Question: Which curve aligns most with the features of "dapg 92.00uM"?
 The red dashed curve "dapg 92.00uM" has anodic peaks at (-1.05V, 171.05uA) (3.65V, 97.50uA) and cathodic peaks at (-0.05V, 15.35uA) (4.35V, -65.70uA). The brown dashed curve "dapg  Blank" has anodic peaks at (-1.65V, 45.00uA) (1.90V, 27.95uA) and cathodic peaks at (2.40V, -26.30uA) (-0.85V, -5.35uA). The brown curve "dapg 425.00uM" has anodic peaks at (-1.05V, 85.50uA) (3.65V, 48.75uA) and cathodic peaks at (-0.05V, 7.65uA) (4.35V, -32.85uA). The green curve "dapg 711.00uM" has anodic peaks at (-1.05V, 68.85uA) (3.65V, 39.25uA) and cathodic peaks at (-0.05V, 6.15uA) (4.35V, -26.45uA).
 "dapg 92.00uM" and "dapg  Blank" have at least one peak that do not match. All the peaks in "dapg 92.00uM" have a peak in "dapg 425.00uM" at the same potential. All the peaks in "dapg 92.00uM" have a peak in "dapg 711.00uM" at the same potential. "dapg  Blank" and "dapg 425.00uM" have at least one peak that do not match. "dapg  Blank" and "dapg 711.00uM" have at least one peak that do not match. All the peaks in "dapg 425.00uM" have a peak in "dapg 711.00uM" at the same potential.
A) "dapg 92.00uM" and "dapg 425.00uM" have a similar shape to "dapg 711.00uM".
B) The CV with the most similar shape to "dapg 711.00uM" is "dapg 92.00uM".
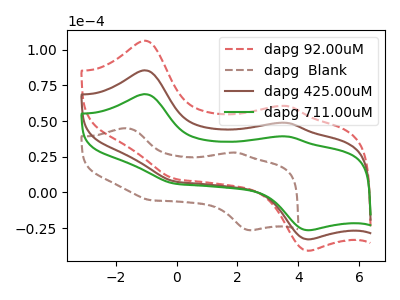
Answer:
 <answer>A) "dapg 92.00uM" and "dapg 425.00uM" have a similar shape to "dapg 711.00uM".</answer>
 <eval>A</eval>